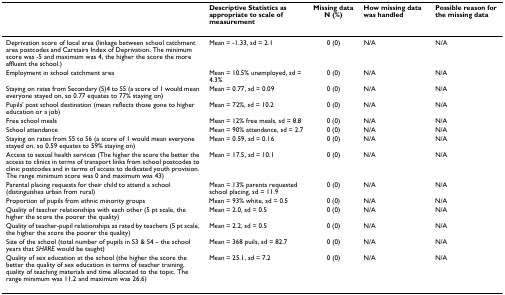
|  | Descriptive Statistics as appropriate to scale of measurement | Missing data N (%) | How missing data was handled | Possible reason for the missing data |
 | --- | --- | --- | --- | --- |
 | Deprivation score of local area (linkage between school catchment area postcodes and Carstairs Index of Deprivation. The minimum score was -5 and maximum was 4, the higher the score the more affluent the school.) | Mean = -1.33, sd = 2.1 | 0 (0) | N/A | N/A |
 | Employment in school catchment area | Mean = 10.5% unemployed, sd = 4.3% | 0 (0) | N/A | N/A |
 | Staying on rates from Secondary (S)4 to S5 (a score of 1 would mean everyone stayed on, so 0.77 equates to 77% staying on) | Mean = 0.77, sd = 0.09 | 0 (0) | N/A | N/A |
 | Pupils' post school destination (mean reflects those gone to higher education or a job) | Mean = 72%, sd = 10.2 | 0 (0) | N/A | N/A |
 | Free school meals | Mean = 12% free meals, sd = 8.8 | 0 (0) | N/A | N/A |
 | School attendance | Mean = 90% attendance, sd = 2.7 | 0 (0) | N/A | N/A |
 | Staying on rates from S5 to S6 (a score of 1 would mean everyone stayed on, so 0.59 equates to 59% staying on) | Mean = 0.59, sd = 0.16 | 0 (0) | N/A | N/A |
 | Access to sexual health services (The higher the score the better the access to clinics in terms of transport links from school postcodes to clinic postcodes and in terms of access to dedicated youth provision. The range minimum score was 0 and maximum was 43) | Mean = 17.5, sd = 10.1 | 0 (0) | N/A | N/A |
 | Parental placing requests for their child to attend a school (distinguishes urban from rural) | Mean = 13% parents requested school placing, sd = 11.9 | 0 (0) | N/A | N/A |
 | Proportion of pupils from ethnic minority groups | Mean = 93% white, sd = 0.5 | 0 (0) | N/A | N/A |
 | Quality of teacher relationships with each other (5 pt scale, the higher the score the poorer the quality) | Mean = 2.0, sd = 0.5 | 0 (0) | N/A | N/A |
 | Quality of teacher-pupil relationships as rated by teachers (5 pt scale, the higher the score the poorer the quality) | Mean = 2.2, sd = 0.5 | 0 (0) | N/A | N/A |
 | Size of the school (total number of pupils in S3 & S4 – the school years that SHARE would be taught) | Mean = 368 puils, sd = 82.7 | 0 (0) | N/A | N/A |
 | Quality of sex education at the school (the higher the score the better the quality of sex education in terms of teacher training, quality of teaching materials and time allocated to the topic. The range minimum was 11.2 and maximum was 26.6) | Mean = 25.1, sd = 7.2 | 0 (0) | N/A | N/A |